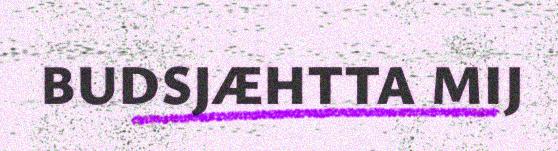
BUDSJÆHTTA MIJ